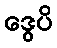
ဒွေပိ